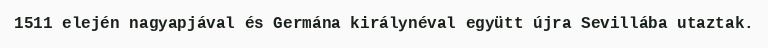
1511 elején nagyapjával és Germána királynéval együtt újra Sevillába utaztak.